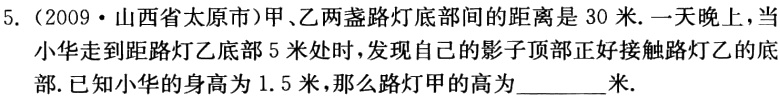
5.（2009·山西省太原市）甲、乙两盏路灯底部间的距离是 30 米. 一天晚上，当

小华走到距路灯乙底部 5 米处时，发现自己的影子顶部正好接触路灯乙的底

部. 已知小华的身高为 1.5 米，那么路灯甲的高为_________米.